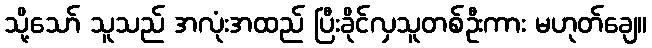
သို့သော် သူသည် အလုံးအထည် ပြီးခိုင်လှသူတစ်ဦးကား မဟုတ်ချေ။